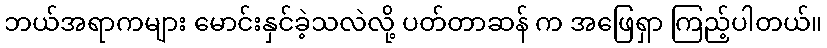
ဘယ်အရာကများ မောင်းနှင်ခဲ့သလဲလို့ ပတ်တာဆန် က အဖြေရှာ ကြည့်ပါတယ်။